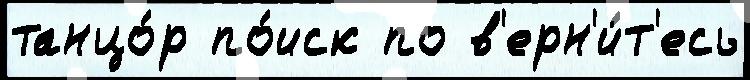
танцо́р по́иск по в'ерн'и́т'есь